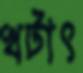
খটাৎ